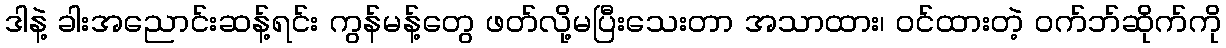
ဒါနဲ့ ခါးအညောင်းဆန့်ရင်း ကွန်မန့်တွေ ဖတ်လို့မပြီးသေးတာ အသာထား၊ ဝင်ထားတဲ့ ဝက်ဘ်ဆိုက်ကို